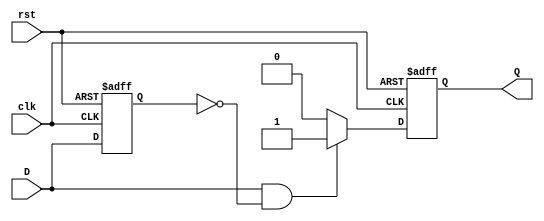
module edge_detector (
    input wire clk,      // Clock signal
    input wire rst,      // Reset signal
    input wire D,        // Input signal
    output reg Q         // Output pulse signal
);

    reg D_prev;          // Previous state of the input signal

    always @(posedge clk or posedge rst) begin
        if (rst) begin
            D_prev <= 1'b0; // Reset previous state
            Q <= 1'b0;      // Reset output
        end else begin
            // Rising edge detection
            if (D == 1'b1 && D_prev == 1'b0) begin
                Q <= 1'b1;  // Generate pulse on rising edge
            end else begin
                Q <= 1'b0;  // Clear pulse otherwise
            end
            
            // Update previous state
            D_prev <= D;     
        end
    end

endmodule